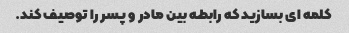
کلمه ای بسازید که رابطه بین مادر و پسر را توصیف کند.